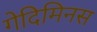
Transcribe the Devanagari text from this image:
गेदिमिनस